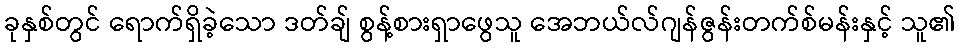
ခုနှစ်တွင် ရောက်ရှိခဲ့သော ဒတ်ချ် စွန့်စားရှာဖွေသူ အေဘယ်လ်ဂျန်ဇွန်းတက်စ်မန်းနှင့် သူ၏